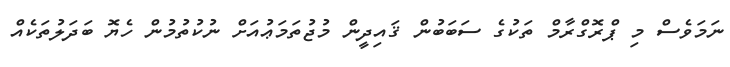
ނަމަވެސް މި ޕްރޮގްރާމް ތަކުގެ ސަބަބުން ޤައިދީން މުޖުތަމަޢުއަށް ނުކުތުމުން ހެޔޮ ބަދަލުތަކެއް